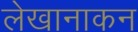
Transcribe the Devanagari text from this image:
लेखानाकन